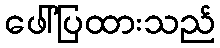
ဖေါ်ပြထားသည်